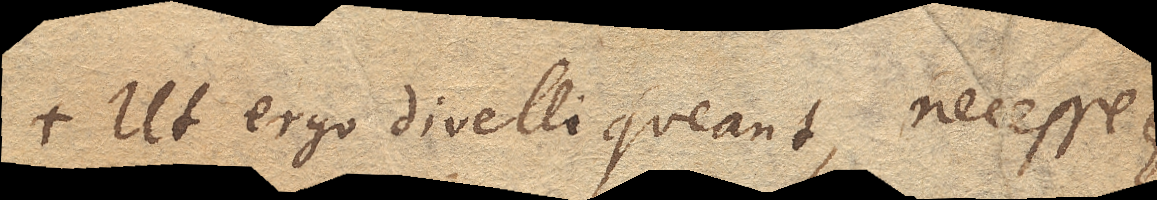
Ut ergo divelli queant, necesse